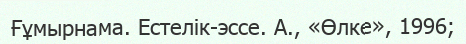
Ғұмырнама. Естелік-эссе. А., «Өлке», 1996;